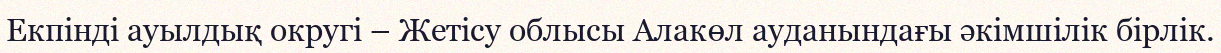
Екпінді ауылдық округі – Жетісу облысы Алакөл ауданындағы әкімшілік бірлік.